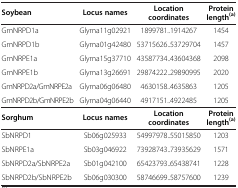
| Soybean | Locus names | Location coordinates | Protein length(a) |
 | --- | --- | --- | --- |
 | GmNRPD1a | Glyma11g02921 | 1899781..1914267 | 1454 |
 | GmNRPD1b | Glyma01g42480 | 53715626..53729704 | 1457 |
 | GmNRPE1a | Glyma15g37710 | 43587734..43604368 | 2098 |
 | GmNRPE1b | Glyma13g26691 | 29874222..29890995 | 2020 |
 | GmNRPD2a/GmNRPE2a | Glyma06g06480 | 4630158..4635863 | 1205 |
 | GmNRPD2b/GmNRPE2b | Glyma04g06440 | 4917151..4922485 | 1205 |
 | Sorghum | Locus names | Location coordinates | Protein length(a) |
 | SbNRPD1 | Sb06g025933 | 54997978..55015850 | 1203 |
 | SbNRPE1a | Sb03g046922 | 73928743..73935629 | 1571 |
 | SbNRPD2a/SbNRPE2a | Sb01g042100 | 65423793..65438741 | 1228 |
 | SbNRPD2b/SbNRPE2b | Sb06g030300 | 58746699..58757600 | 1239 |